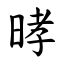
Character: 㫴